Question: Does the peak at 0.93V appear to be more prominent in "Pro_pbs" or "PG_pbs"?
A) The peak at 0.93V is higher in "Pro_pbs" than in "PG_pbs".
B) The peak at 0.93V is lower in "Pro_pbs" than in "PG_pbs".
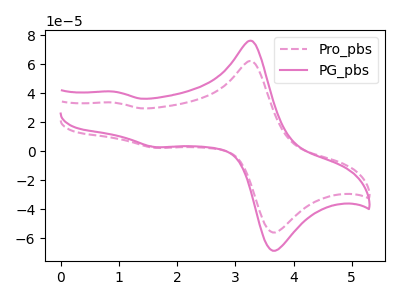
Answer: <think>The pink dashed curve "Pro_pbs" has anodic peaks at (3.30V, 61.95uA) (0.95V, 33.45uA) and cathodic peaks at (3.75V, -55.20uA) (1.65V, 2.25uA). The pink curve "PG_pbs" has anodic peaks at (3.30V, 75.90uA) (0.95V, 41.00uA) and cathodic peaks at (3.75V, -67.65uA) (1.65V, 2.75uA).</think>
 <answer>B) The peak at 0.93V is lower in "Pro_pbs" than in "PG_pbs".</answer>
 <eval>B</eval>